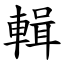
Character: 輯